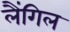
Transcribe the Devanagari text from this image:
लैंगिल